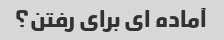
آماده ای برای رفتن؟